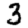
Digit: 3